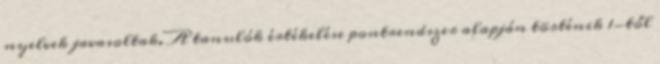
nyelvek javasoltak. A tanulók értékelése pontrendszer alapján történik 1-től